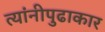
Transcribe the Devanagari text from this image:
त्यांनीपुढाकार